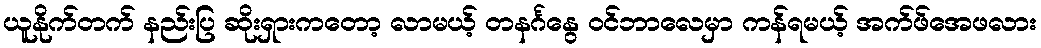
ယူနိုက်တက် နည်းပြ ဆိုးရှားကတော့ လာမယ့် တနင်္ဂနွေ ဝင်ဘာလေမှာ ကန်ရမယ့် အက်ဖ်အေဖလား